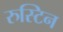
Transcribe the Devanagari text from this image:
रुस्टिन